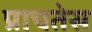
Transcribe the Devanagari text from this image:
प्राचतेस